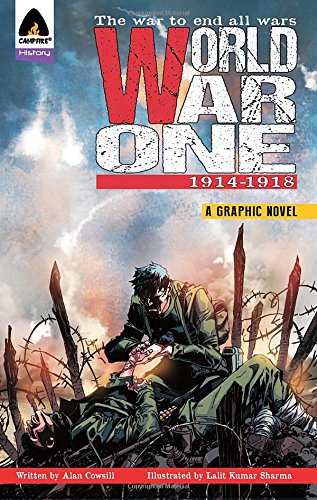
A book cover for World War One: 1914-1918 (Campfire Graphic Novels); Alan Cowsill; Comics & Graphic Novels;